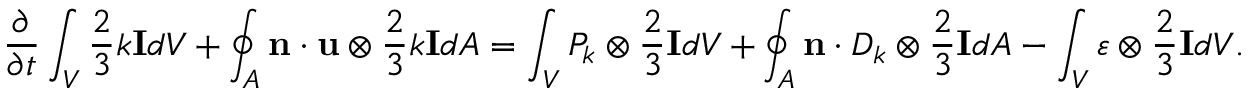
\frac { \partial } { \partial t } \int _ { V } \frac { 2 } { 3 } k \mathbf { I } d V + \oint _ { A } \mathbf { n } \cdot \mathbf { u } \otimes \frac { 2 } { 3 } k \mathbf { I } d A = \int _ { V } P _ { k } \otimes \frac { 2 } { 3 } \mathbf { I } d V + \oint _ { A } \mathbf { n } \cdot D _ { k } \otimes \frac { 2 } { 3 } \mathbf { I } d A - \int _ { V } \varepsilon \otimes \frac { 2 } { 3 } \mathbf { I } d V .